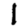
Digit: 1